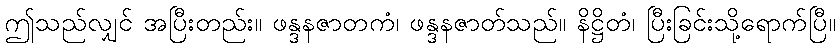
ဤသည်လျှင် အပြီးတည်း။ ဖန္ဒနဇာတကံ၊ ဖန္ဒနဇာတ်သည်။ နိဋ္ဌိတံ၊ ပြီးခြင်းသို့ရောက်ပြီ။